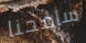
سامحنا